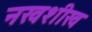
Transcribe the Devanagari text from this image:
नखशीख